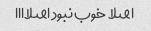
اصلا خوب نبود اصلاااا